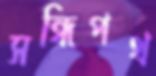
সন্ধিপথ